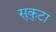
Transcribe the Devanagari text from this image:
सुकुटा